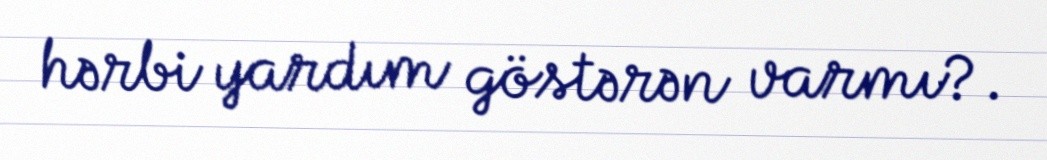
hərbi yardım göstərən varmı?.